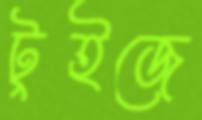
টুইজে